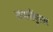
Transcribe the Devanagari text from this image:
जमातींनुसार